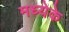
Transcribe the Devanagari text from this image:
मध्येके